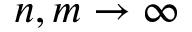
n , m \rightarrow \infty